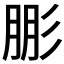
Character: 𱝣